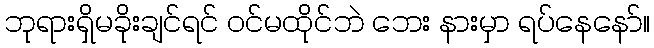
ဘုရားရှိမခိုးချင်ရင် ဝင်မထိုင်ဘဲ ဘေး နားမှာ ရပ်နေနော်။